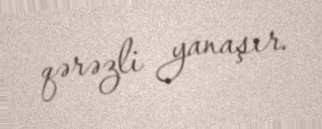
qərəzli yanaşır.